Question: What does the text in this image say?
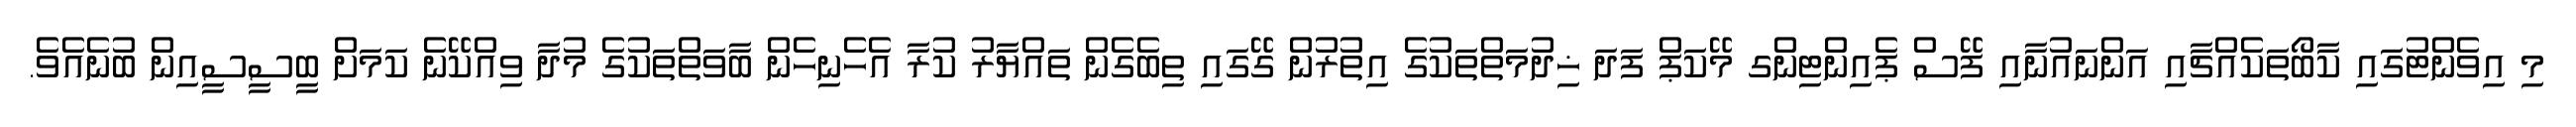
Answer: މި އިވެންޓުގައި ކާބޯތަކެއްޗާއި އަންނައުނާއި ފޭސް ޕެއިންޓިންގ މޭކަޕް ފަދަ ޚިދުމަތްތަކުގެ އިތުރުން ގޭގައި ތިބެގެން ތައްޔާރު ކުރާ އެހެނިހެން ބާވަތްތަކުގެ މުދާ ވިއްކޭނެ ކަމަށް ބީސީސީއިން ބުނެއެވެ.